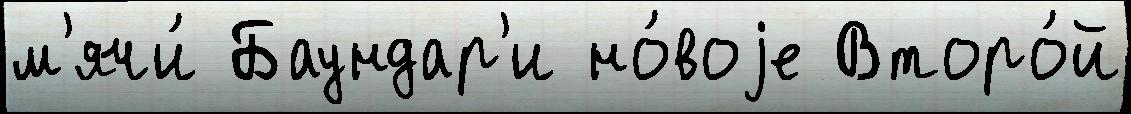
м'ячи́ Баундар'и но́воjе Второ́й